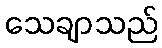
သေချာသည်